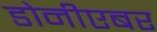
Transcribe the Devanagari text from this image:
डोनीएबर